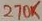
Text: 270K